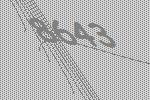
8643